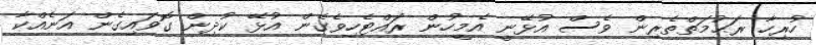
ހުރިހާ ރަޙުމަތްތެރިން ވެސް އުޅޭނީ އެމީހުން ރައްޓެހިވެގެން އުޅޭ ކުދިން ގޮވައިގެން އަނެއްކާ